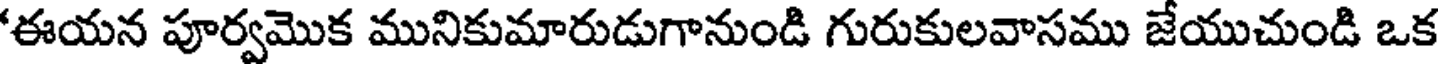
'ఈయన పూర్వమొక మునికుమారుడుగానుండి గురుకులవాసము జేయుచుండి ఒక